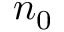
n _ { 0 }